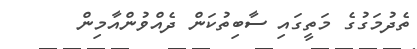
ތެދުމަގުގެ މަތީގައި ސާބިތުކަން ދެއްވުންއާމިން